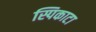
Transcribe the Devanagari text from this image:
स्पिकाटा